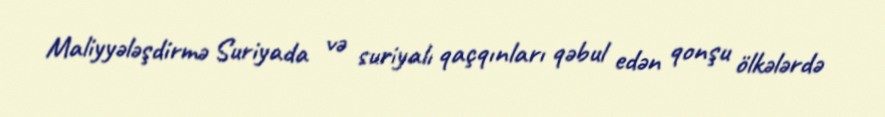
Maliyyələşdirmə Suriyada və suriyalı qaçqınları qəbul edən qonşu ölkələrdə